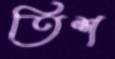
তিশ